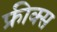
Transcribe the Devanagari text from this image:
फ्रीक्स